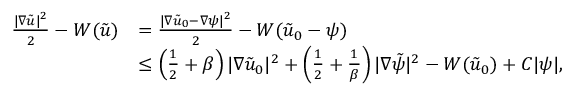
\begin{array} { r l } { \frac { | \nabla \tilde { u } | ^ { 2 } } { 2 } - W ( \tilde { u } ) } & { = \frac { | \nabla \tilde { u } _ { 0 } - \nabla \psi | ^ { 2 } } { 2 } - W ( \tilde { u } _ { 0 } - \psi ) } \\ & { \leq \left( \frac { 1 } { 2 } + \beta \right) | \nabla \tilde { u } _ { 0 } | ^ { 2 } + \left( \frac { 1 } { 2 } + \frac { 1 } { \beta } \right) | \nabla \tilde { \psi } | ^ { 2 } - W ( \tilde { u } _ { 0 } ) + C | \psi | , } \end{array}